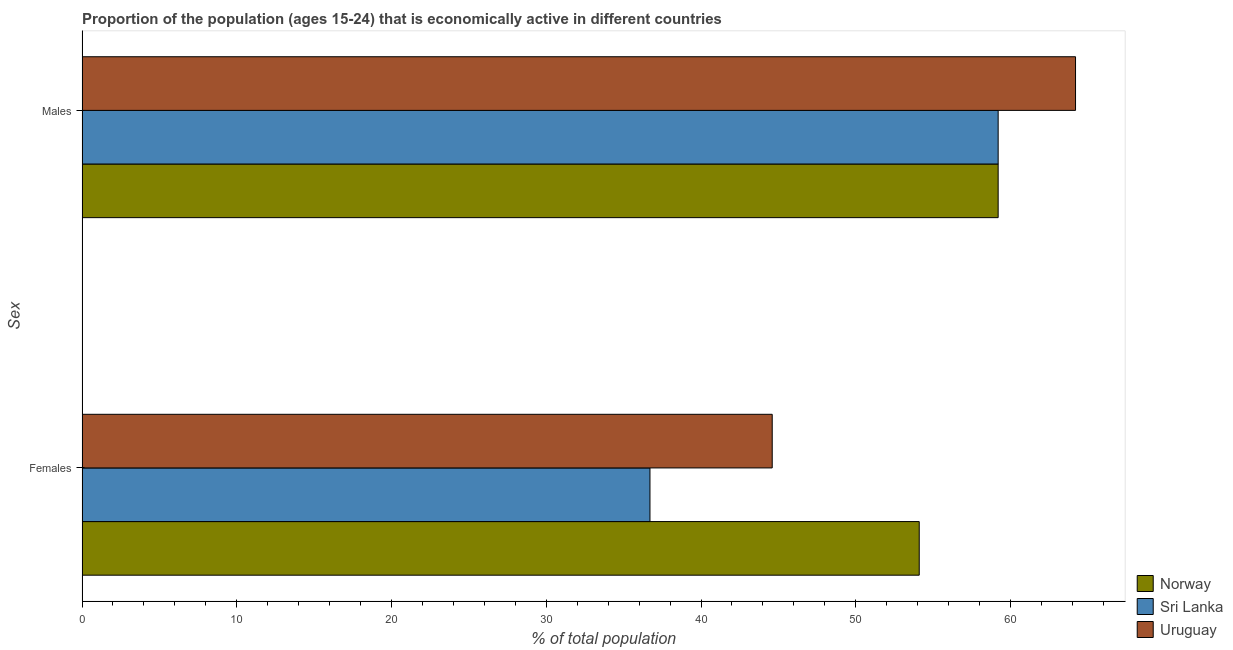
| Sex | Norway | Sri Lanka | Uruguay |
 | --- | --- | --- | --- |
 | Females | 54.1 | 36.7 | 44.6 |
 | Males | 59.2 | 59.2 | 64.2 |